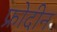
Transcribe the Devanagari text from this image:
फ्रोदीन